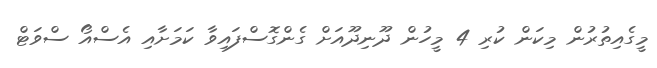
މީގެއިތުރުން މިކަން ކުރި 4 މީހުން ދޫނިދޫއަށް ގެންގޮސްފައިވާ ކަމަށާއި އެސްއޯ ސްވަޓް